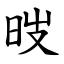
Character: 㫞